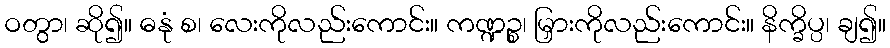
ဝတွာ၊ ဆို၍။ ဓနုံ စ၊ လေးကိုလည်းကောင်း။ ကဏ္ဍဉ္စ၊ မြှားကိုလည်းကောင်း။ နိက္ခိပ္ပ၊ ချ၍။